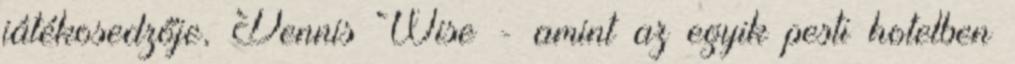
játékosedzője, Dennis Wise - amint az egyik pesti hotelben